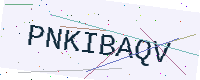
Text: PNKIBAQV